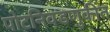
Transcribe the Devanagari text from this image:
पोटनिवडणुकींत